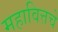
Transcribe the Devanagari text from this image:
महावित्तचे